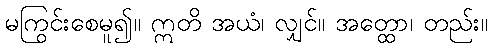
မကြွင်းစေမူ၍။ ဣတိ အယံ၊ လျှင်။ အတ္ထော၊ တည်း။